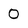
Character: 0